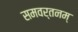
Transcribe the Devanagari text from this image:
समवर्तनम्